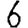
Digit: 6